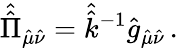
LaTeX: \hat{\hat{\Pi}}_{\hat{\mu}\hat{\nu}}=\hat{\hat{k}}^{-1}\hat{g}_{\hat{\mu}\hat{\nu}}\, .